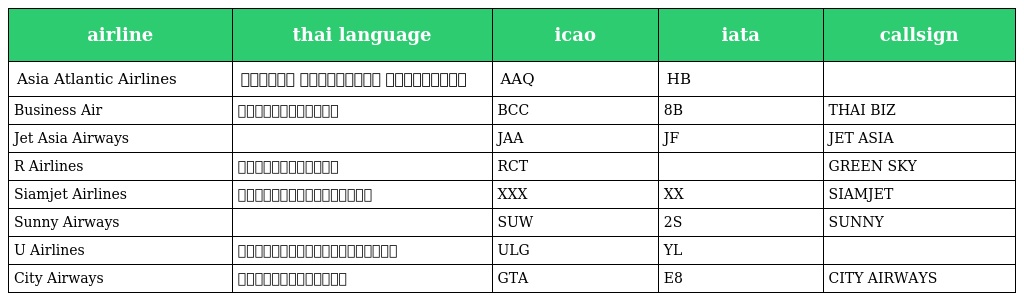
| airline | thai language | icao | iata | callsign |
 | --- | --- | --- | --- | --- |
 | Asia Atlantic Airlines | เอเชีย แอตแลนติก แอร์ไลน์ส | AAQ | HB |  |
 | Business Air | บิสซิเนสแอร์ | BCC | 8B | THAI BIZ |
 | Jet Asia Airways |  | JAA | JF | JET ASIA |
 | R Airlines | อาร์แอร์ไลน์ | RCT |  | GREEN SKY |
 | Siamjet Airlines | สยามเจ็ตแอร์ไลน์ | XXX | XX | SIAMJET |
 | Sunny Airways |  | SUW | 2S | SUNNY |
 | U Airlines | สายการบินยูแอร์ไลน์ | ULG | YL |  |
 | City Airways | ซิตี้แอร์เวย์ | GTA | E8 | CITY AIRWAYS |